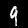
Digit: 9